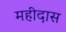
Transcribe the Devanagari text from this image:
महीदास